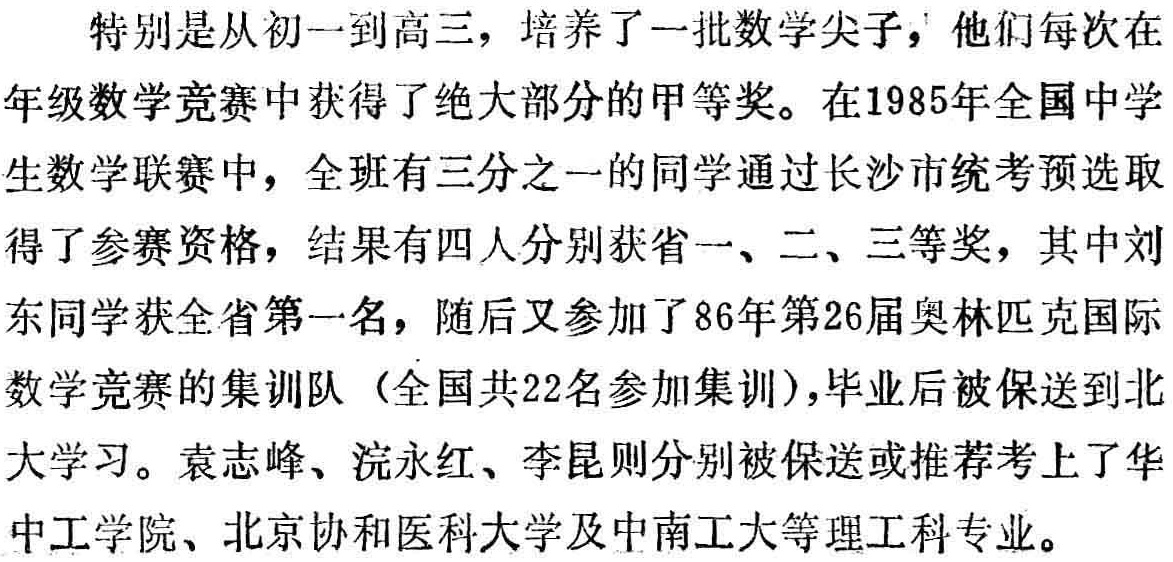
特别是从初一到高三，培养了一批数学尖子，他们每次在年级数学竞赛中获得了绝大部分的甲等奖。在1985年全国中学生数学联赛中，全班有三分之一的同学通过长沙市统考预选取得了参赛资格，结果有四人分别获省一、二、三等奖，其中刘东同学获全省第一名，随后又参加了86年第26届奥林匹克国际数学竞赛的集训队（全国共22名参加集训），毕业后被保送到北大学习。袁志峰、浣永红、李昆则分别被保送或推荐考上了华中工学院、北京协和医科大学及中南工大等理工科专业。